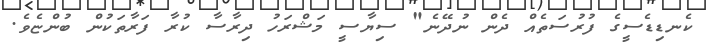
ކެނޑިޑެސީގެ ފުރުސަތެއް ދެން ނުދޭނެ" ސިޔާސީ މަޝްރަހު ދިރާސާ ކުރާ ފަރާތަކުން ބުންޏެވެ.